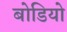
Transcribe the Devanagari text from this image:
बोडियो